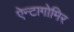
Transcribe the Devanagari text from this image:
ऐन्टागोमिर